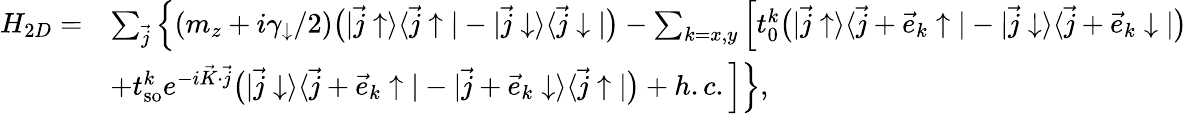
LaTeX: \begin{array}{rl}{H_{2D}=}&{\sum_{\vec{j}}\Big\{ (m_{z}+i\gamma_{\downarrow}/2)\bigr(|\vec{j}\uparrow\rangle\langle\vec{j}\uparrow|-|\vec{j}\downarrow\rangle\langle\vec{j}\downarrow|\bigr)-\sum_{k=x,y}\Big[t_{0}^{k}\bigr(|\vec{j}\uparrow\rangle\langle\vec{j}+\vec{e}_{k}\uparrow|-|\vec{j}\downarrow\rangle\langle\vec{j}+\vec{e}_{k}\downarrow|\bigr)}\\ &{+t_{\mathrm{so}}^{k}e^{-i\vec{K}\cdot\vec{j}}\bigr(|\vec{j}\downarrow\rangle\langle\vec{j}+\vec{e}_{k}\uparrow|-|\vec{j}+\vec{e}_{k}\downarrow\rangle\langle\vec{j}\uparrow|\bigr)+h.c.\Big]\Big\} ,}\end{array}